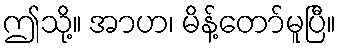
ဤသို့။ အာဟ၊ မိန့်တော်မူပြီ။